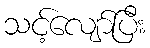
သင့်လျော်ပြီး